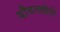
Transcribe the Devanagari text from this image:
यौवनलोपी